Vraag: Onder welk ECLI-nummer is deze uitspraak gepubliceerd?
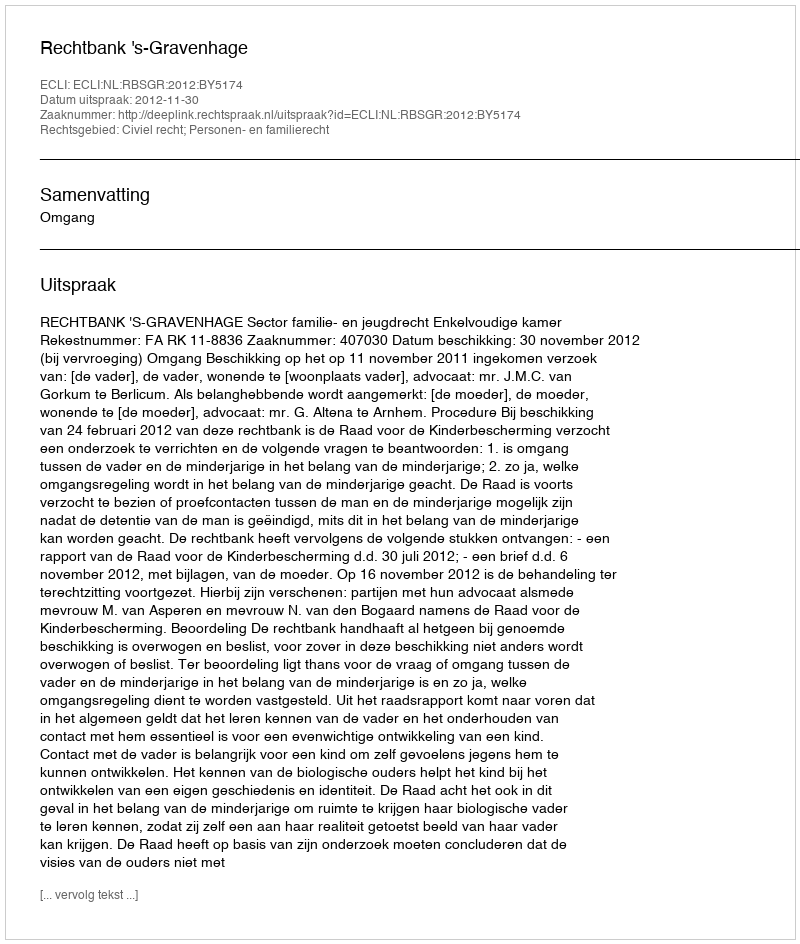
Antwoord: ECLI:NL:RBSGR:2012:BY5174